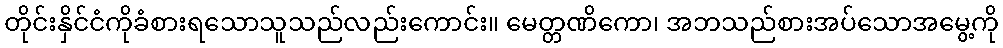
တိုင်းနှိင်ငံကိုခံစားရသောသူသည်လည်းကောင်း။ မေတ္တဏိကော၊ အဘသည်စားအပ်သောအမွေ့ကို